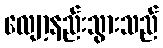
လျော့နည်းသွားသည်